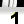
Digit: 1